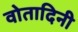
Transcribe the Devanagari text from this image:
वोतादिनी